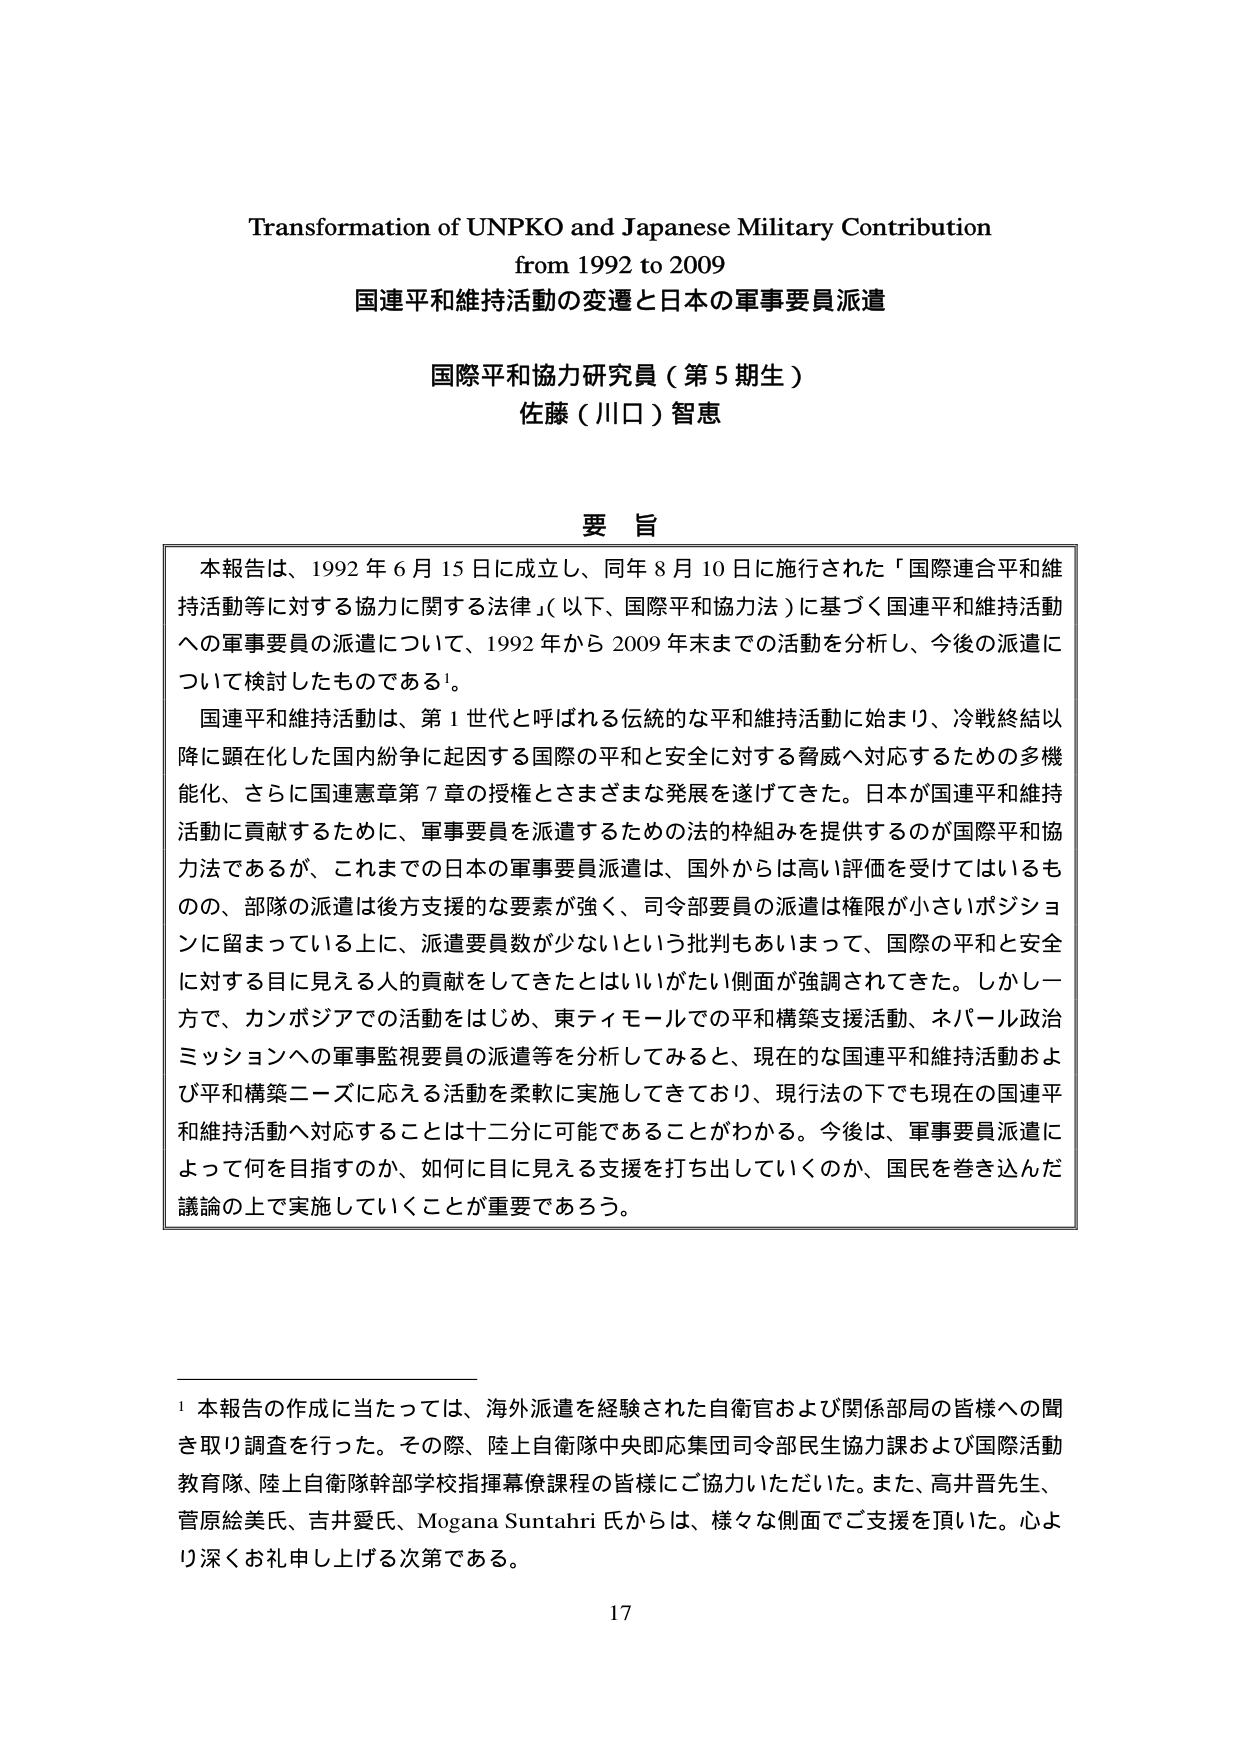
Transformation of UNPKO and Japanese Military Contribution
from 1992 to 2009
国連平和維持活動の変遷と日本の軍事要員派遣

国際平和協力研究員（第5期生）
佐藤（川口）智恵

要旨
本報告は、1992年6月15日に成立し、同年8月10日に施行された「国際連合平和維持活動等に対する協力に関する法律」（以下、国際平和協力法）に基づく国連平和維持活動への軍事要員の派遣について、1992年から2009年末までの活動を分析し、今後の派遣について検討したものである¹。
国連平和維持活動は、第1世代と呼ばれる伝統的な平和維持活動に始まり、冷戦終結以降に顕在化した国内紛争に起因する国際の平和と安全に対する脅威へ対応するための多機能化、さらに国連憲章第7章の授権とさまざまな発展を遂げてきた。日本が国連平和維持活動に貢献するために、軍事要員を派遣するための法的枠組みを提供するのが国際平和協力法であるが、これまでの日本の軍事要員派遣は、国外からは高い評価を受けてはいるものの、部隊の派遣は後方支援的な要素が強く、司令部要員の派遣は権限が小さいポジションに留まっている上に、派遣要員数が少ないという批判もあいまって、国際の平和と安全に対する目に見える人的貢献をしてきたとはいいがたい側面が強調されてきた。しかし一方で、カンボジアでの活動をはじめ、東ティモールでの平和構築支援活動、ネパール政治ミッションへの軍事監視要員の派遣等を分析してみると、現在的な国連平和維持活動および平和構築ニーズに応える活動を柔軟に実施してきており、現行法の下でも現在の国連平和維持活動へ対応することは十二分に可能であることがわかる。今後は、軍事要員派遣によって何を目指すのか、如何に目に見える支援を打ち出していくのか、国民を巻き込んだ議論の上で実施していくことが重要であろう。

¹ 本報告の作成に当たっては、海外派遣を経験された自衛官および関係部局の皆様への聞き取り調査を行った。その際、陸上自衛隊中央即応集団司令部民生協力課および国際活動教育隊、陸上自衛隊幹部学校指揮幕僚課程の皆様にご協力いただいた。また、高井晋先生、菅原絵美氏、吉井愛氏、Mogana Suntahri 氏からは、様々な側面でご支援を頂いた。心より深くお礼申し上げる次第である。

17